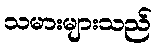
သမားများသည်